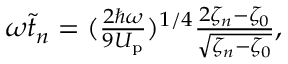
\begin{array} { r } { \omega \tilde { t } _ { n } = ( \frac { 2 \hbar \omega } { 9 U _ { \mathrm { p } } } ) ^ { 1 / 4 } \frac { 2 \zeta _ { n } - \zeta _ { 0 } } { \sqrt { \zeta _ { n } - \zeta _ { 0 } } } , } \end{array}